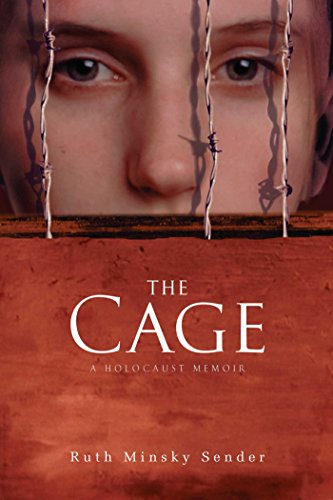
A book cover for The Cage; Ruth Minsky Sender; Teen & Young Adult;